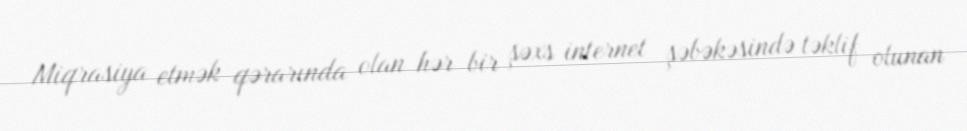
Miqrasiya etmək qərarında olan hər bir şəxs internet şəbəkəsində təklif olunan